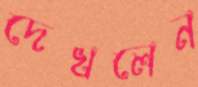
দেখলেন